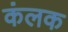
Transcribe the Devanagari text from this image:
कंलक